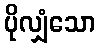
ပိုလျှံသော